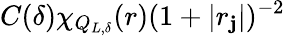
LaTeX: C(\delta)\chi_{Q_{L,\delta}}(r)(1+|r_{\mathbf{j}}|)^{-2}